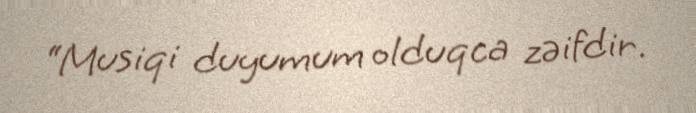
“Musiqi duyumum olduqca zəifdir.